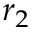
r _ { 2 }